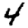
Digit: 4